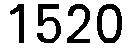
1520